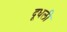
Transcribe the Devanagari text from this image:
दूधली